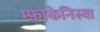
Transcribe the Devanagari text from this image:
म्फ़ाकेनिस्वा